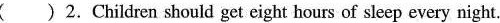
( )2.Children should get eight hours of sleep every night.